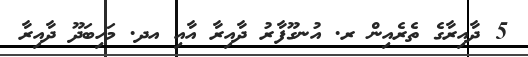
5 ދާއިރާގެ ތެރެއިން ރ. އުނގޫފާރު ދާއިރާ އާއި އދ. މަހިބަދޫ ދާއިރާ